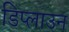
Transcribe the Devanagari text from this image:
डिप्लाउन